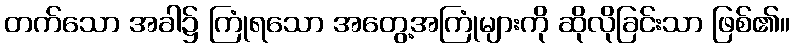
တက်သော အခါ၌ ကြုံရသော အတွေ့အကြုံများကို ဆိုလိုခြင်းသာ ဖြစ်၏။